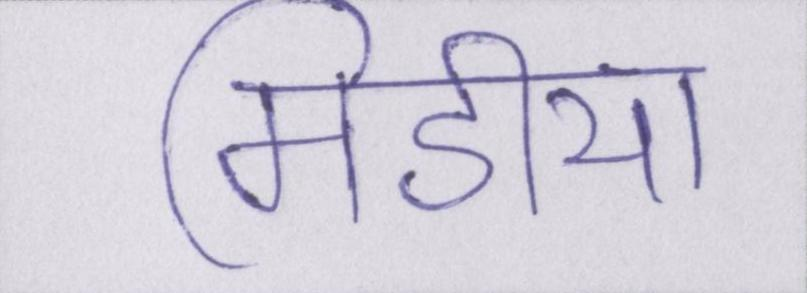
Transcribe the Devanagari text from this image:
मिडीया